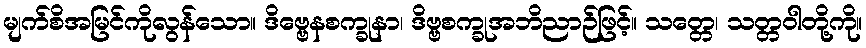
မျက်စိအမြင်ကိုလွန်သော။ ဒိဗ္ဗေနစက္ခုနာ၊ ဒိဗ္ဗစက္ခုအဘိညာဉ်ဖြင့်။ သတ္တေ၊ သတ္တဝါတို့ကို။